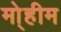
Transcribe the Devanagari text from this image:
मो्हीम